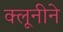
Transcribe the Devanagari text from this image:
क्लूनीने